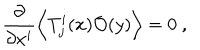
LaTeX: \frac { \partial } { \partial x ^ { i } } \left\langle T _ { j } ^ { i } ( x ) \mathcal { O } ( y ) \right\rangle = 0 ~ ,